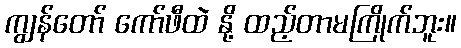
ကျွန်တော် ကော်ဖီထဲ နို့ ထည့်တာမကြိုက်ဘူး။